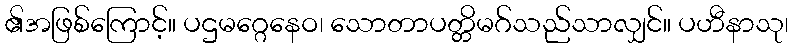
၏အဖြစ်ကြောင့်။ ပဌမဂ္ဂေနေဝ၊ သောတာပတ္တိမဂ်သည်သာလျှင်။ ပဟီနာသု၊